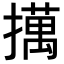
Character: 𢶯